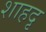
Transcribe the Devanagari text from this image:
शाहदृ